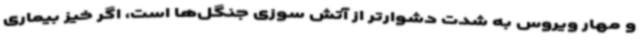
و مهار ویروس به شدت دشوارتر از آتش سوزی جنگل‌ها است، اگر خیز بیماری